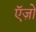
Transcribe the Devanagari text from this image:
ऍज़ो